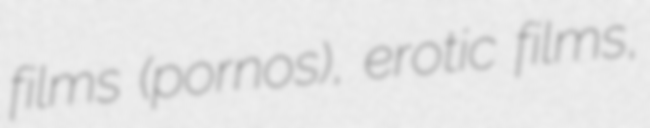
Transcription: films (pornos), erotic films,